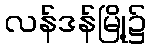
လန်ဒန်မြို့၌